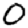
Digit: 0